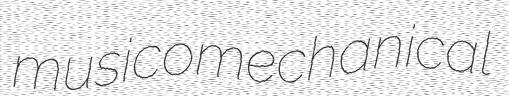
musicomechanical